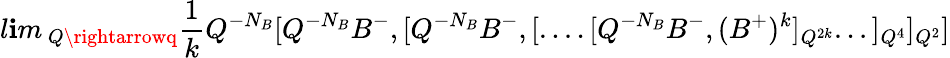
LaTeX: l\mathbf{i}m\, _{Q\rightarrowq}\frac{1}{k}Q^{-N_{B}}[Q^{-N_{B}}B^{-},[Q^{-N_{B}}B^{-},[....[Q^{-N_{B}}B^{-},(B^{+})^{k}]_{Q^{2k}}...]_{Q^{4}}]_{Q^{2}}]